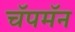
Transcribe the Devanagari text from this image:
चॅपमॅन